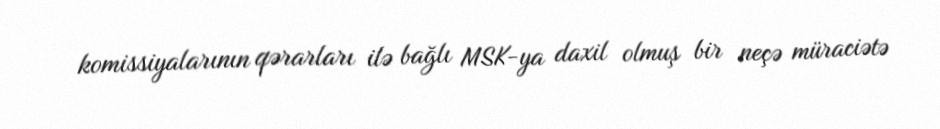
komissiyalarının qərarları ilə bağlı MSK-ya daxil olmuş bir neçə müraciətə